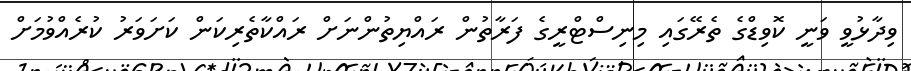
ވިދާޅުވީ ވަނީ ކޮވިޑްގެ ތެރޭގައި މިނިސްޓްރީގެ ފަރާތުން ރައްޔިތުންނަށް ރައްކާތެރިކަން ކަށަވަރު ކުރެއްވުމަށް